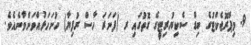
9. މިޕްރޮޖެކްޓުގެ ބިޑް ސެކިޔުރިޓީގެ ގޮތުގައި ރ (ފަނަރަ ހާސް ރުފިޔާ) ހުށަހަޅުއްވަންވާނެއެވެ.